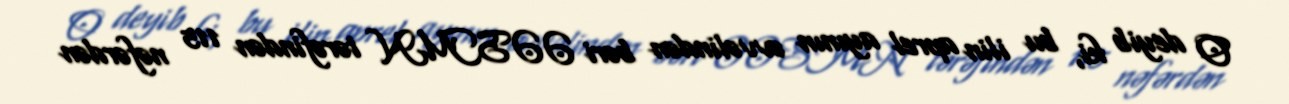
O deyib ki, bu ilin aprel ayının əvvəlindən bəri ƏƏSMN tərəfindən 115 nəfərdən